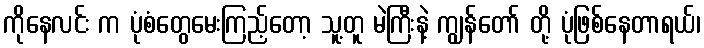
ကိုနေလင်း က ပုံစံတွေမေးကြည့်တော့ သူ့တူ မဲကြီးနဲ့ ကျွန်တော် တို့ ပုံဖြစ်နေတာရယ်၊